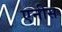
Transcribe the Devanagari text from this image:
एनीस